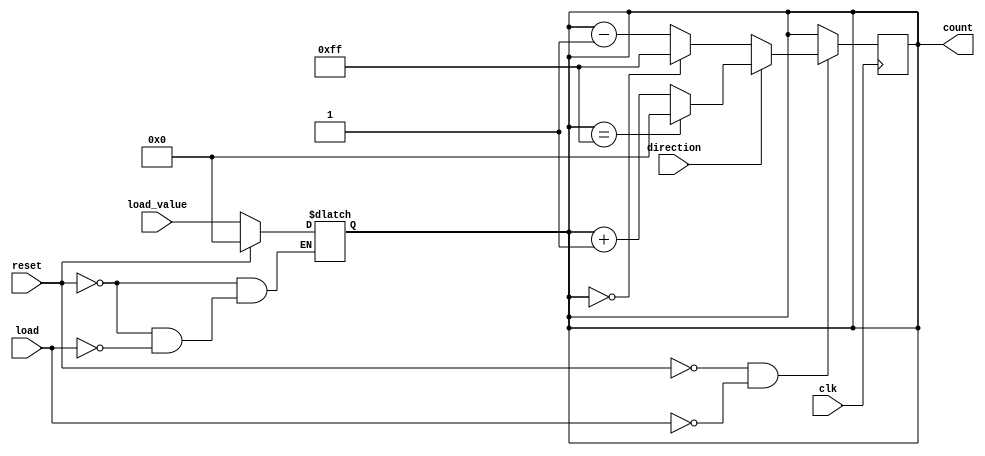
module async_load_counter #(
    parameter WIDTH = 8 // Parameter to define the width of the counter
)(
    input wire clk,               // Clock signal
    input wire load,              // Active-high load signal
    input wire reset,             // Active-high reset signal
    input wire direction,         // Counting direction (1 for up, 0 for down)
    input wire [WIDTH-1:0] load_value, // Value to load into the counter
    output reg [WIDTH-1:0] count  // Current count value
);

    // Asynchronous reset and load
    always @(*) begin
        if (reset) begin
            count = 0; // Reset counter to zero
        end else if (load) begin
            count = load_value; // Load new value into counter
        end
    end

    // Synchronous counting on the rising edge of the clock
    always @(posedge clk) begin
        if (!reset && !load) begin
            if (direction) begin
                // Increment count with overflow handling
                count <= (count == {WIDTH{1'b1}}) ? 0 : count + 1;
            end else begin
                // Decrement count with underflow handling
                count <= (count == 0) ? {WIDTH{1'b1}} : count - 1;
            end
        end
    end

endmodule